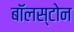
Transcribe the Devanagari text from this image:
बॉलस्टोन